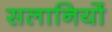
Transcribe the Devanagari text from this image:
सलानियों